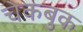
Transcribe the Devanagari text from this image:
चेकबुक